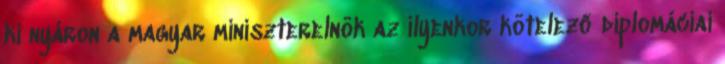
ki nyáron a magyar miniszterelnök az ilyenkor kötelező diplomáciai